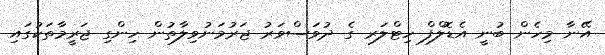
އޭނާ މިހެން ބުނީ އެޑޮލްފް ހިޓްލަރ ގެ ދުވަސްވަރު ޖަރުމަނުވިލާތުން ހިންގި ޖަރީމާތަކުގައި